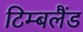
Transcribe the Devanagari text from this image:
टिम्बलैंड